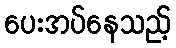
ပေးအပ်နေသည့်